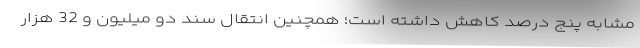
مشابه پنج درصد کاهش داشته است؛ همچنین انتقال سند دو میلیون و 32 هزار